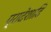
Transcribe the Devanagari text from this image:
प्रादेशादि